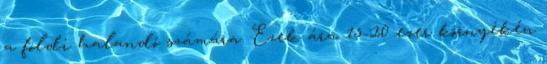
a földi halandó számára. Ezek ára 15-20 ezer környékén